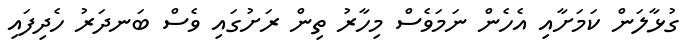
ގުޅާލަން ކަމަށާއި އެހެން ނަމަވެސް މިހާރު ތިން ރަށުގައި ވެސް ބަނދަރު ހެދިފައި